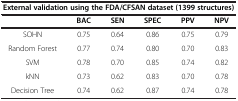
| <COLSPAN=6> External validation using the FDA/CFSAN dataset (1399 structures) |
 |  | BAC | SEN | SPEC | PPV | NPV |
 | --- | --- | --- | --- | --- | --- |
 | SOHN | 0.75 | 0.64 | 0.86 | 0.75 | 0.79 |
 | Random Forest | 0.77 | 0.74 | 0.80 | 0.70 | 0.83 |
 | SVM | 0.78 | 0.70 | 0.85 | 0.74 | 0.82 |
 | kNN | 0.73 | 0.62 | 0.83 | 0.70 | 0.78 |
 | Decision Tree | 0.74 | 0.62 | 0.87 | 0.74 | 0.78 |